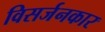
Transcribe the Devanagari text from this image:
विसर्जनकार